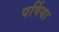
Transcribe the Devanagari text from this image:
पर्षिया